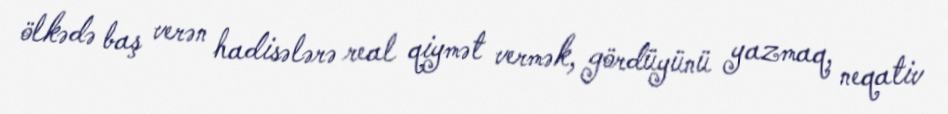
ölkədə baş verən hadisələrə real qiymət vermək, gördüyünü yazmaq, neqativ